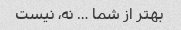
بهتر از شما … نه، نیست